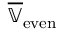
\overline { { \mathbb { V } } } _ { \mathrm { e v e n } }